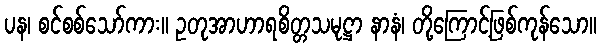
ပန၊ စင်စစ်သော်ကား။ ဥတုအာဟာရစိတ္တသမုဋ္ဌာ နာနံ၊ တို့ကြောင့်ဖြစ်ကုန်သော။